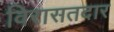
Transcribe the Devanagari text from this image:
विरासतदार